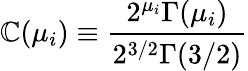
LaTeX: \mathbb{C}(\mu_{i})\equiv{\frac{{2^{\mu_{i}}\Gamma(\mu_{i})}}{{2^{3/2}\Gamma(3/2)}}}